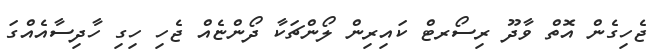
ޖެހިގެން އޮތް ވާދޫ ރިސޯރޓް ކައިރިން ލޯންޗަކާ ދޯންޏެއް ޖެހި ހިގި ހާދިސާއެއްގަ